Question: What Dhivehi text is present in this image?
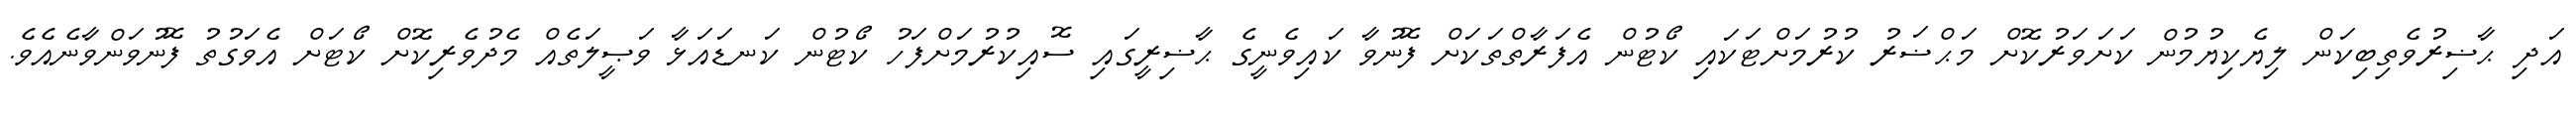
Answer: އަދި ޙާޟިރުވެތިބިކަން ލިޔެކިޔުމުން ކަށަވަރުކޮށް މަޙްޟަރު ކުރުމަށްޓަކައި ކޯޓުން އެފަރާތްތަކަށް ފޮނުވާ ކައިވެނީގެ ޙާޟިރީގައި ސޮއިކުރުމަށްފަހު ކޯޓުން ކަނޑައަޅާ ވަޞީލަތެއް މެދުވެރިކޮށް ކޯޓަށް އެވަގުތު ފޮނުވަންވާނެއެވެ.